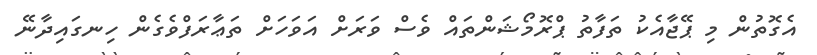
އެގޮތުން މި ޕޭޖާއެކު ތަފާތު ޕްރޮމޯޝަންތައް ވެސް ވަރަށް އަވަހަށް ތަޢާރަފްވެގެން ހިނގައިދާނޭ